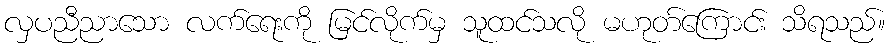
လှပညီညာသော လက်ရေးကို မြင်လိုက်မှ သူထင်သလို မဟုတ်ကြောင်း သိရသည်။